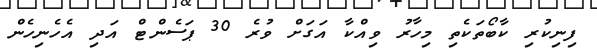
ފިނިކުރި ކާބޯތަކެތި މިހާރު ވިއްކާ އަގަށް ވުރެ 30 ޕަސެންޓް އަދި އެހެނިހެން